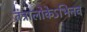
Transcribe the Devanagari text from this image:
तंत्रालोकेऽभिनव